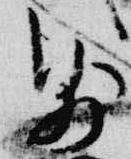
則